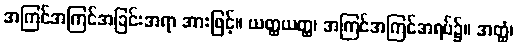
အကြင်အကြင်အခြင်းအရာ အားဖြင့်။ ယတ္ထယတ္ထ၊ အကြင်အကြင်အရပ်၌။ အတ္ထံ၊